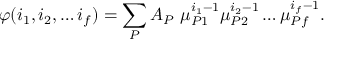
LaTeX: \varphi ( i _ { 1 } , i _ { 2 } , \dots i _ { f } ) = \sum _ { P } A _ { P } \ \mu _ { P 1 } ^ { i _ { 1 } - 1 } \mu _ { P 2 } ^ { i _ { 2 } - 1 } \dots \mu _ { P f } ^ { i _ { f } - 1 } .